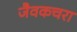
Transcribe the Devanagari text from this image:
जैवकचरा